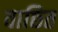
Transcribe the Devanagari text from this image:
वाछित